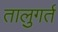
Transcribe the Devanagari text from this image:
तालुगर्त